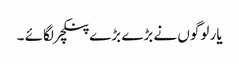
یار لوگوں نے بڑے بڑے پنکچر لگائے ۔